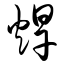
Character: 焊